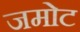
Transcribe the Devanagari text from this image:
जमोट